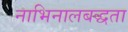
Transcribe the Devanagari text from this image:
नाभिनालबद्धता